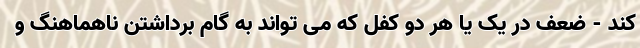
کند - ضعف در یک یا هر دو کفل که می تواند به گام برداشتن ناهماهنگ و